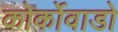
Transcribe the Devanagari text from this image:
कोर्कोवाडो